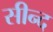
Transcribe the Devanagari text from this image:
सीन्द